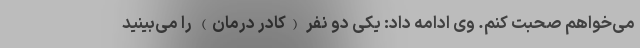
می‌خواهم صحبت کنم. وی ادامه داد: یکی دو نفر (کادر درمان) را می‌بینید